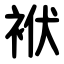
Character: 袱